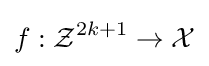
f:{\mathcal {Z}}^{2k+1}\to {\mathcal {X}}